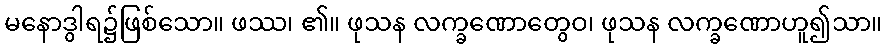
မနောဒွါရ၌ဖြစ်သော။ ဖဿ၊ ၏။ ဖုသန လက္ခဏောတွေဝ၊ ဖုသန လက္ခဏောဟူ၍သာ။